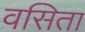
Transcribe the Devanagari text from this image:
वसिता